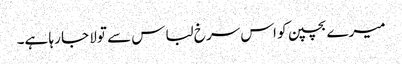
میرے بچپن کو اس سرخ لباس سے تولا جا رہا ہے۔